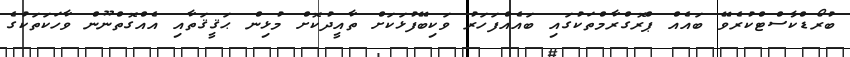
ބުރޯޑްކާސްޓްކުރެވޭ ބައެއް ޕްރޮގްރާމްތަކުގައި ބައެއްފަހަރު ވަކިބޭފުޅަކަށް ތާއީދުކޮށް މުޅިން ޙަޤީޤަތާއި އެއްގޮތްނޫން ވާހަކަތަކުގެ